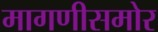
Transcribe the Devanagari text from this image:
मागणीसमोर